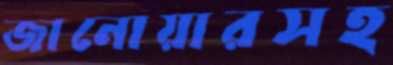
জানোয়ারসহ